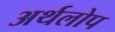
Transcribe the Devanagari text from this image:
अर्थलोप